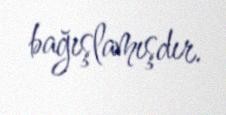
bağışlamışdır.